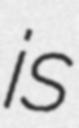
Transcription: is